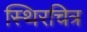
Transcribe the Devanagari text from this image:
स्थिरचित्र